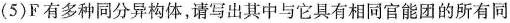
(5)F有多种同分异构体，请写出其中与它具有相同官能团的所有同